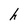
Character: h